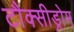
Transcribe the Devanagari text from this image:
टौक्सीड्रोम